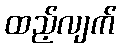
ထည့်လျက်